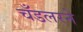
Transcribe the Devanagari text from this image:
चँडलरने